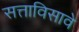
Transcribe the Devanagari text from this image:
सत्ताविसावे